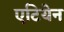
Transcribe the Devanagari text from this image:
एटियेन